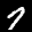
Label: 7